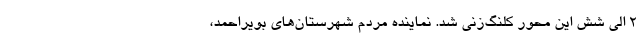
۲ الی شش این محور کلنگ‌زنی شد. نماینده مردم شهرستان‌های بویراحمد،